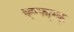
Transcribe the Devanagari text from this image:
च्ह्ग्फ्म्म्क्